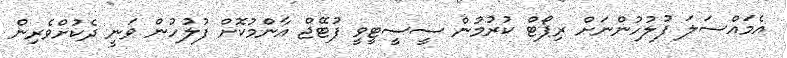
އެމައްސަލަ ފުލުހުންނަށް ރިޕޯޓް ކުރުމުން ސީސީޓީވީ ފުޓޭޖް އާންމުކޮށް ފުލުހުން ވަނީ ދެކުށްވެރިން